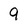
Character: 9